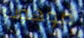
موهوب